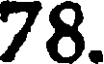
78.